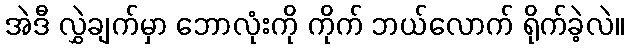
အဲဒီ လွှဲချက်မှာ ဘောလုံးကို ကိုက် ဘယ်လောက် ရိုက်ခဲ့လဲ။